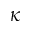
\kappa